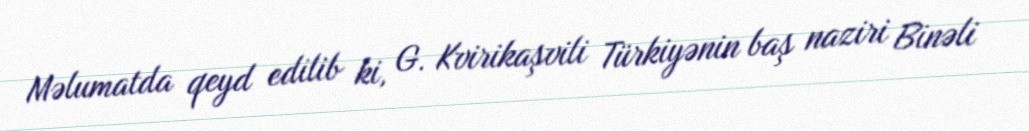
Məlumatda qeyd edilib ki, G. Kvirikaşvili Türkiyənin baş naziri Binəli